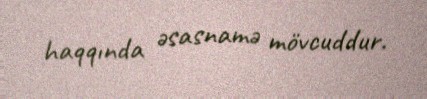
haqqında əsasnamə mövcuddur.